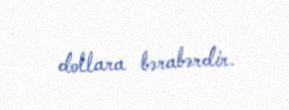
dollara bərabərdir.